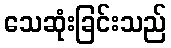
သေဆုံးခြင်းသည်